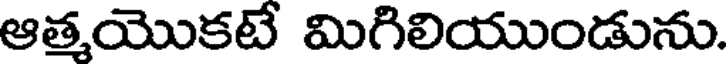
ఆత్మయొకటే మిగిలియుండును.